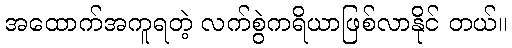
အထောက်အကူရတဲ့ လက်စွဲကရိယာဖြစ်လာနိုင် တယ်။